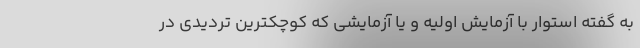
به گفته استوار با آزمایش اولیه و یا آزمایشی که کوچکترین تردیدی در